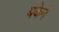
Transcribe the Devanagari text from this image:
बंकेने